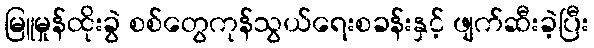
မြူမှုန်ထိုးခွဲ စစ်တွေကုန်သွယ်ရေးစခန်းနှင့် ဖျက်ဆီးခဲ့ပြီး